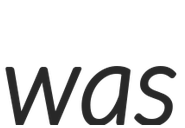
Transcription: was